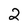
Character: 2